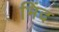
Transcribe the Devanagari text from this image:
भिंद